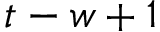
t - w + 1